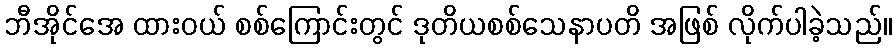
ဘီအိုင်အေ ထားဝယ် စစ်ကြောင်းတွင် ဒုတိယစစ်သေနာပတိ အဖြစ် လိုက်ပါခဲ့သည်။